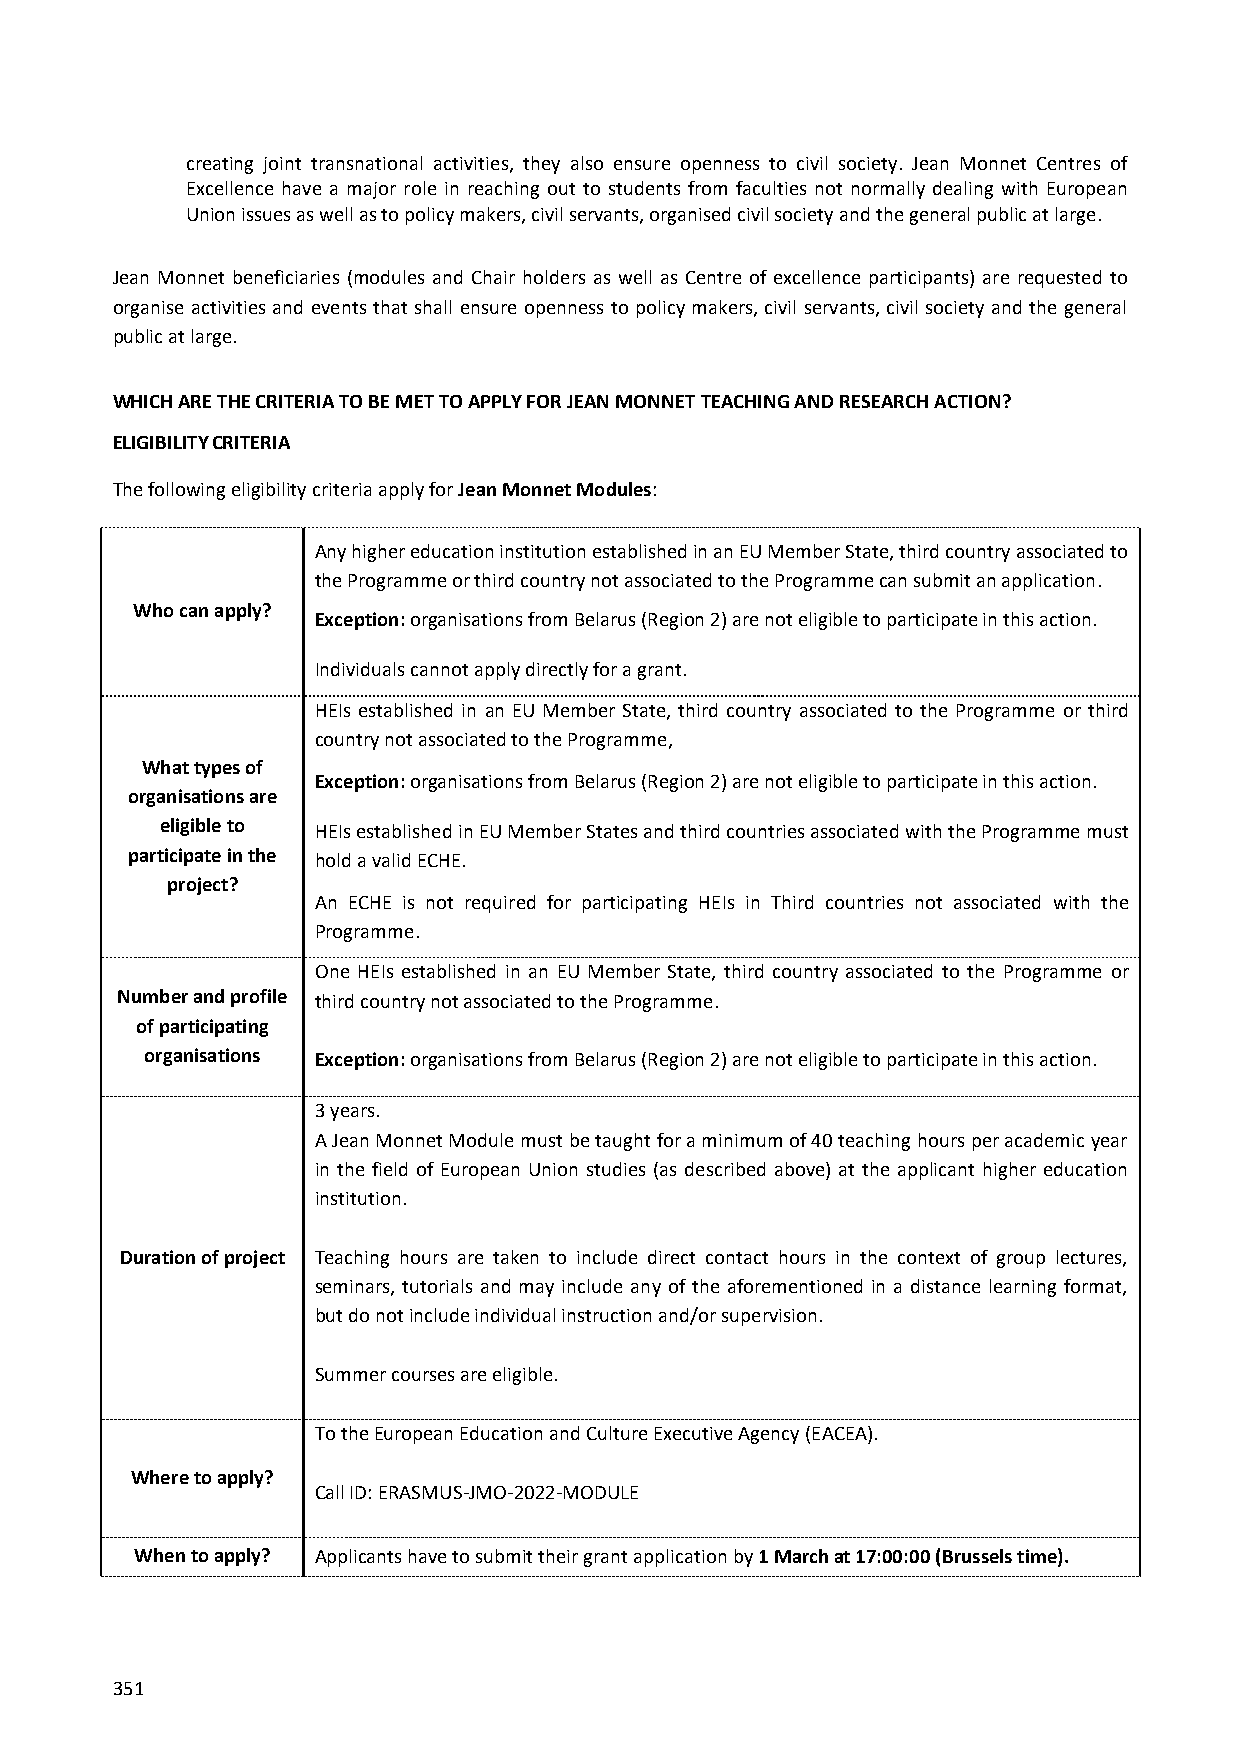
creating joint transnational activities, they also ensure openness to civil society. Jean Monnet Centres of
 Excellence have a major role in reaching out to students from faculties not normally dealing with European
 Union issues as well as to policy makers, civil servants, organised civil society and the general public at large.
 Jean Monnet beneficiaries (modules and Chair holders as well as Centre of excellence participants) are requested to
 organise activities and events that shall ensure openness to policy makers, civil servants, civil society and the general
 public at large.
 WHICH ARE THE CRITERIA TO BE MET TO APPLY FOR JEAN MONNET TEACHING AND RESEARCH ACTION?
 ELIGIBILITY CRITERIA
 The following eligibility criteria apply for Jean Monnet Modules:
 Any higher education institution established in an EU Member State, third country associated to
 the Programme or third country not associated to the Programme can submit an application.
 Who can apply?
 Exception: organisations from Belarus (Region 2) are not eligible to participate in this action.
 Individuals cannot apply directly for a grant.
 HEIs established in an EU Member State, third country associated to the Programme or third
 country not associated to the Programme,
 What types of
 Exception: organisations from Belarus (Region 2) are not eligible to participate in this action.
 organisations are
 eligible to HEIs established in EU Member States and third countries associated with the Programme must
 participate in the hold a valid ECHE.
 project?
 An ECHE is not required for participating HEIs in Third countries not associated with the
 Programme.
 One HEIs established in an EU Member State, third country associated to the Programme or
 Number and profile third country not associated to the Programme.
 of participating
 organisations Exception: organisations from Belarus (Region 2) are not eligible to participate in this action.
 3 years.
 A Jean Monnet Module must be taught for a minimum of 40 teaching hours per academic year
 in the field of European Union studies (as described above) at the applicant higher education
 institution.
 Duration of project Teaching hours are taken to include direct contact hours in the context of group lectures,
 seminars, tutorials and may include any of the aforementioned in a distance learning format,
 but do not include individual instruction and/or supervision.
 Summer courses are eligible.
 To the European Education and Culture Executive Agency (EACEA).
 Where to apply?
 Call ID: ERASMUS-JMO-2022-MODULE
 When to apply? Applicants have to submit their grant application by 1 March at 17:00:00 (Brussels time).
 351